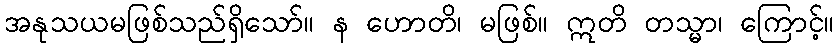
အနုသယမဖြစ်သည်ရှိသော်။ န ဟောတိ၊ မဖြစ်။ ဣတိ တသ္မာ၊ ကြောင့်။